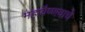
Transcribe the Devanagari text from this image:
महावैष्णवाचे